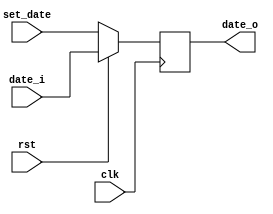
module dff_set #(//
	parameter DW = 32
)
(
	input wire 			 clk,
	input wire 			 rst,
	input wire  [DW-1:0] set_date,
	input wire  [DW-1:0] date_i,
	output reg  [DW-1:0] date_o
);


	always @(posedge clk)begin
		if(rst == 1'b0)
			date_o <= set_date;
		else
			date_o <= date_i;
	end


endmodule